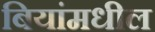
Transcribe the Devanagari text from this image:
बियांमधील